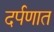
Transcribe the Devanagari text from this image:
दर्पणात